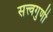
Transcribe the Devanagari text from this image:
सत्त्वगुणी